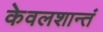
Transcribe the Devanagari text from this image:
केवलशान्तं